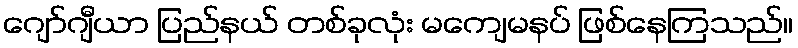
ဂျော်ဂျီယာ ပြည်နယ် တစ်ခုလုံး မကျေမနပ် ဖြစ်နေကြသည်။